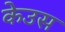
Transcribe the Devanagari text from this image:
केउस